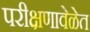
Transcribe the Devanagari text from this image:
परीक्षणावेळेत